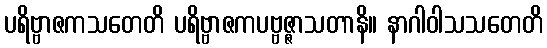
ပရိဗ္ဗာဇကသတေတိ ပရိဗ္ဗာဇကပဗ္ဗဇ္ဇာသတာနိ။ နာဂါဝါသသတေတိ